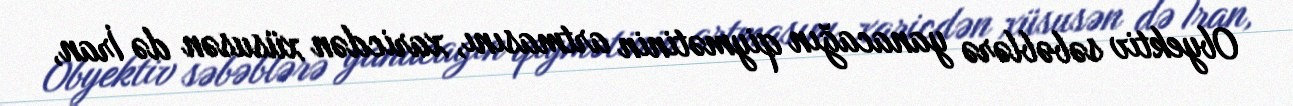
Obyektiv səbəblərə yanacağın qiymətinin artmasını, xaricdən xüsusən də İran,